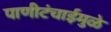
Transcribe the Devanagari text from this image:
पाणीटंचाईमुळे